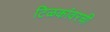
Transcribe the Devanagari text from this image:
टिळकांवरची